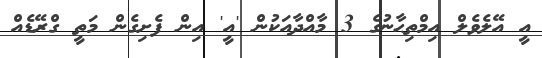
އީ އޭލެވެލް އިމްތިޙާނުގެ 3 މާއްދާއަކުން 'އީ' އިން ފެށިގެން މަތީ ގްރޭޑެއް